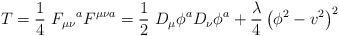
LaTeX: \begin{align*}T=\frac{1}{4}\ F_{\mu \nu}\mbox{}^{a}F^{\mu \nu a}=\frac{1}{2}\ D_{\mu}\phi^aD_{\nu}\phi^a+\frac{\lambda}{4}\left(\phi^2-v^2\right)^2\end{align*}